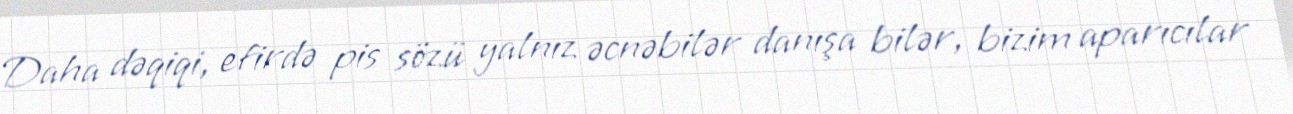
Daha dəqiqi, efirdə pis sözü yalnız əcnəbilər danışa bilər, bizim aparıcılar